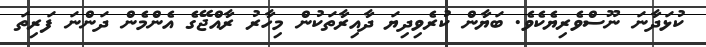
ކުޅަދާނަ ނޫސްވެރިޔެކެވެ. ބަޔާން ކުރެވިދިޔަ ދާއިރާތަކުން މިހާރު ރާއްޖޭގެ އެންމެން ދަންނަ ފަރިތަ